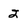
Character: 2